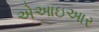
એઆઇઆર